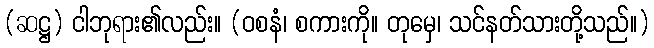
(ဆဋ္ဌ) ငါဘုရား၏လည်း။ (ဝစနံ၊ စကားကို။ တုမှေ၊ သင်နတ်သားတို့သည်။)